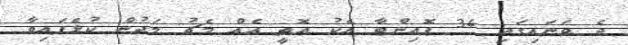
ދެ ވަނައިގައި 34 ޕޮއިންޓާ އެކު އޮތީ އެއް މެޗު މަދުން ކުޅެފައިވާ